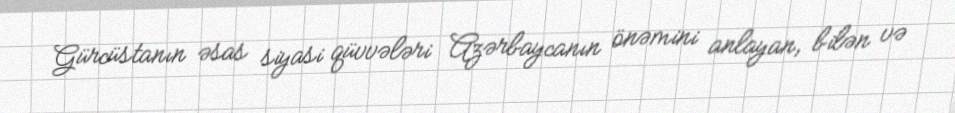
Gürcüstanın əsas siyasi qüvvələri Azərbaycanın önəmini anlayan, bilən və